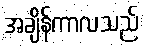
အချိန်ကာလသည်